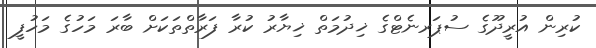
ކުރިން އުރީދޫގެ ސުޕަރނެޓްގެ ޚިދުމަތް ޚިޔާރު ކުރާ ފަރާތްތަކަށް ބާރަ މަހުގެ މަހުފީ